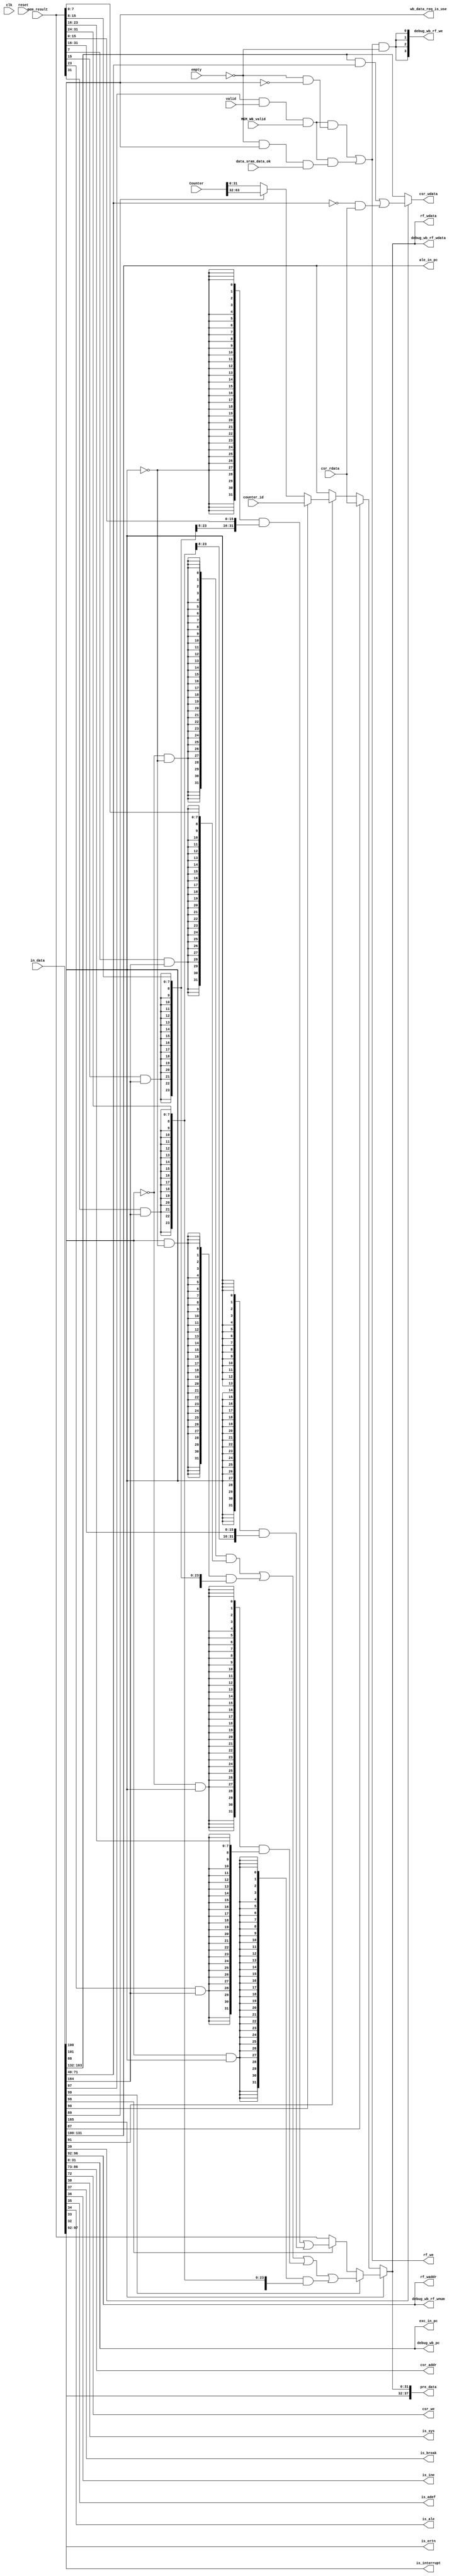
module WB_reg(
    input clk,
    input reset,
    input valid,

    input           empty,
    input   [165:0] in_data,
    input   [31:0]  mem_result,
    input           data_sram_data_ok,
    output          wb_data_req_is_use,

    input    wire    MEM_WB_valid,
    output   wire    rf_we,
    output   [4:0]   rf_waddr,
    output   [31:0]  rf_wdata,

    output   [31:0]  debug_wb_pc,
    output   [3:0]   debug_wb_rf_we,
    output   [4:0]   debug_wb_rf_wnum,
    output   [31:0]  debug_wb_rf_wdata,

    input    [31:0] csr_rdata,
    output   [13:0] csr_addr,
    output          csr_we,
    output   [31:0] csr_wdata,

    input    [31:0] counter_id,
    input    [63:0] Counter,

    output          is_sys,
    output          is_break,
    output          is_ine,
    output          is_adef,
    output          is_ale,
    output          is_interrupt,
    output          is_ertn,

    output   [31:0] exc_in_pc,
    output   [31:0] ale_in_pc, 
 
    output   [37:0]  pre_data
);
wire        res_from_mem;
wire        mem_is_sign;
wire [31:0] rkd_value; 
wire [31:0] alu_result;
wire        is_byte;
wire        is_halfword;
wire        gr_we;
wire  [4:0] dest;
wire [31:0] pc;
wire [31:0] final_result;

wire    res_from_counter;
wire    counter_is_id;
wire    counter_is_upper;

wire        res_from_csr;
wire [31:0] rj_value;
wire        is_chg;

assign {res_from_mem,
        mem_is_sign,
        rkd_value,
        alu_result,
        is_byte,
        is_halfword,
        gr_we,
        dest,

        res_from_counter,
        counter_is_id,
        counter_is_upper,
        wb_data_req_is_use,

        res_from_csr,
        csr_addr,
        csr_we,
        rj_value,
        is_chg,

        is_sys,
        is_break,
        is_ine,
        is_adef,
        is_ale,
        is_interrupt,
        is_ertn,

        pc          } = in_data;

wire [31:0] byte0_result;
wire [31:0] byte1_result;
wire [31:0] byte2_result;
wire [31:0] byte3_result;
wire [31:0] byte_result;

wire [31:0] halfword0_result;
wire [31:0] halfword1_result;
wire [31:0] halfword_result;

wire [31:0] finial_mem_result;

wire [31:0] counter_result;

assign byte0_result  =  {{24{mem_result[7] && mem_is_sign}} , mem_result[7:0]};
assign byte1_result  =  {{24{mem_result[15] && mem_is_sign}} , mem_result[15:8]};
assign byte2_result  =  {{24{mem_result[23] && mem_is_sign}} , mem_result[23:16]};
assign byte3_result  =  {{24{mem_result[31] && mem_is_sign}} , mem_result[31:24]};

assign halfword0_result = {{16{mem_result[15] && mem_is_sign}} , mem_result[15:0]};
assign halfword1_result = {{16{mem_result[31] && mem_is_sign}} , mem_result[31:16]};

assign byte_result = ({32{!alu_result[0] & !alu_result[1]}} & byte0_result) |
                     ({32{alu_result[0] & !alu_result[1]}} & byte1_result) |
                     ({32{!alu_result[0] & alu_result[1]}} & byte2_result) |
                     ({32{alu_result[0] & alu_result[1]}} & byte3_result);

assign halfword_result = ({32{!alu_result[1]}} & halfword0_result) |
                         ({32{alu_result[1]}} & halfword1_result);

assign finial_mem_result   = is_byte ? byte_result : 
                                        (is_halfword ? halfword_result : mem_result);

assign counter_result = counter_is_id ? counter_id : 
                                        (counter_is_upper ? Counter[63:32] : Counter[31:0]);
                                
assign final_result = res_from_mem ? finial_mem_result : 
                                    (res_from_csr ? csr_rdata : 
                                                    (res_from_counter ? counter_result : alu_result));


assign rf_we    = ((gr_we && valid && MEM_WB_valid && !empty & !wb_data_req_is_use) | 
                    (gr_we && valid && MEM_WB_valid && !empty & wb_data_req_is_use & data_sram_data_ok));
assign rf_waddr = dest;
assign rf_wdata = final_result;

assign debug_wb_pc       = pc;
assign debug_wb_rf_we   = {4{rf_we & !empty}};
assign debug_wb_rf_wnum  = dest;
assign debug_wb_rf_wdata = final_result;

assign csr_wdata = is_chg ? (rkd_value & rj_value | ~rj_value & csr_rdata) : rkd_value;

assign exc_in_pc = pc;
assign ale_in_pc = alu_result;

assign pre_data = {
    gr_we,
    dest,
    final_result
};

endmodule